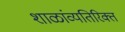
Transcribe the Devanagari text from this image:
शाळांव्यतिरिक्त